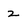
Character: z